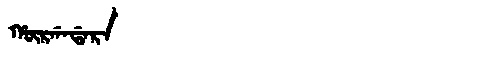
Manchu: ᡥᡡᡵᡤᠠᡩᠠᡵᠠ
Romanization: HŪRGADARA